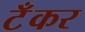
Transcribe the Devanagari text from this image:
टॅँकर